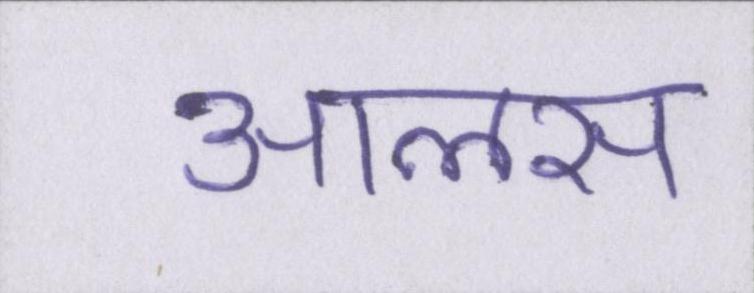
आलस